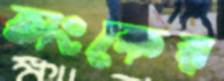
অংকের